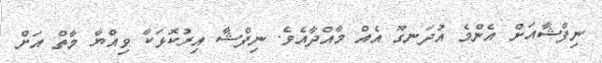
ނިފްޝާއަށް އެންމެ އުދަނގޫ އެއް މާއްދާއެވެ. ނިފްޝާ އިރުކޮޅަކާ ވިއްޔާ މާތް އަށް